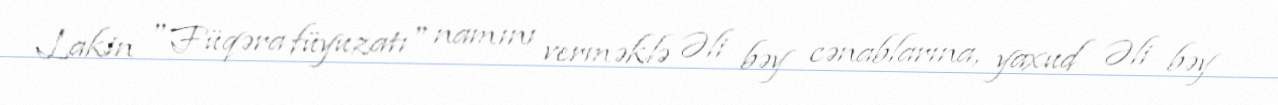
Lakin "Füqəra füyuzatı" namını verməklə Əli bəy cənablarına, yaxud Əli bəy